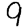
Digit: 9